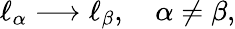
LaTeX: \ell_{\alpha}\longrightarrow\ell_{\beta},\quad\alpha\ne\beta,